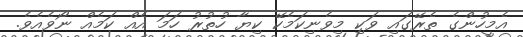
އެމީހުންގެ ތެރޭގައި ވަކި މިވެނިކަމެކޭ ކިޔާ ހުތުރު ހަމަ އެއް ކަމެއް ނޯވެއެވެ.